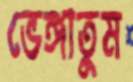
ভেঙ্গাতুম